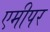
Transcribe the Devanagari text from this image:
एमीपर